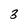
Character: 3